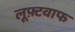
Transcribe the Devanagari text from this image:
लूफ़्टवाफ